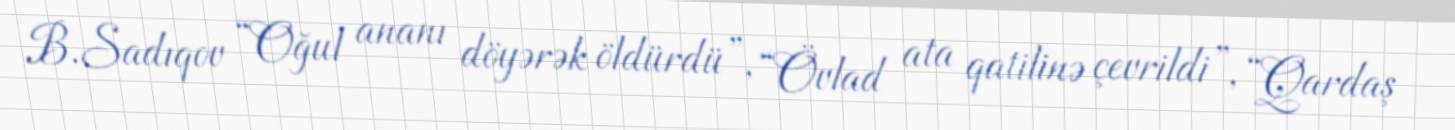
B.Sadıqov “Oğul ananı döyərək öldürdü”, “Övlad ata qatilinə çevrildi”, “Qardaş